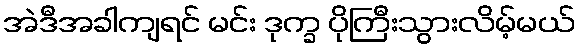
အဲဒီအခါကျရင် မင်း ဒုက္ခ ပိုကြီးသွားလိမ့်မယ်